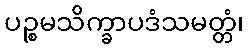
ပဉ္စမသိက္ခာပဒံသမတ္တံ၊